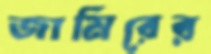
জামিরের